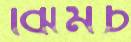
ঝিমচ